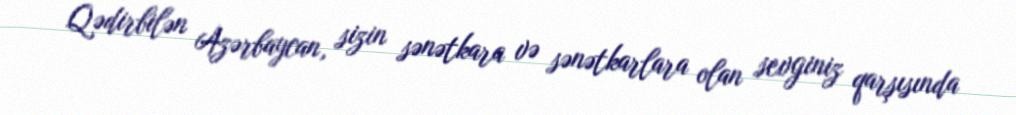
Qədirbilən Azərbaycan, sizin sənətkara və sənətkarlara olan sevginiz qarşısında